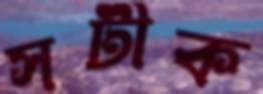
সটীক